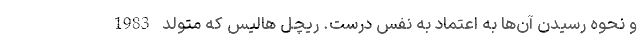
و نحوه رسیدن آن‌ها به اعتماد به نفس درست. ریچل هالیس که متولد 1983